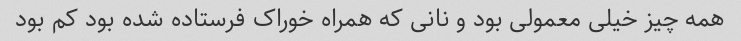
همه چیز خیلی معمولی بود و نانی که همراه خوراک فرستاده شده بود کم بود